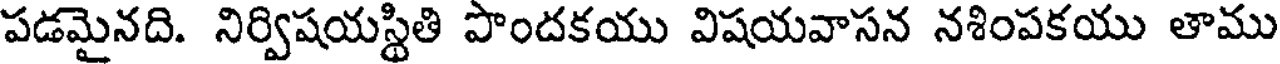
పడమైనది. నిర్విషయస్థితి పొందకయు విషయవాసన నశింపకయు తాము